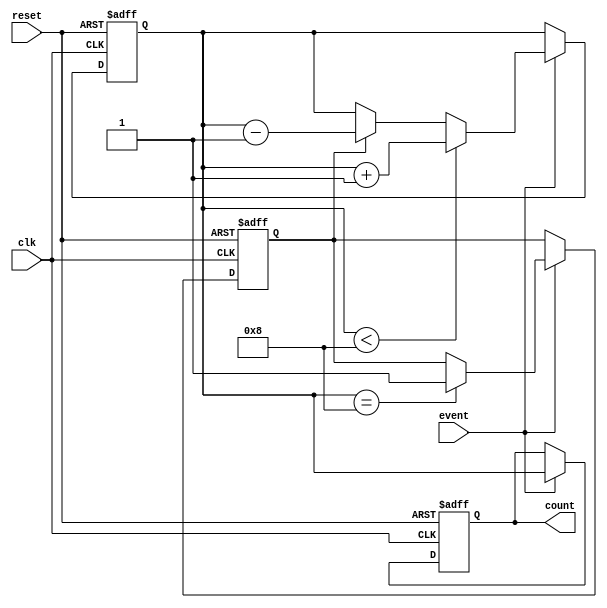
module windowed_counter #(
    parameter WINDOW_SIZE = 8, // Configurable window size
    parameter COUNT_WIDTH = $clog2(WINDOW_SIZE + 1) // Width for count value
)(
    input wire clk,              // Clock signal
    input wire reset,            // Reset signal
    input wire event,            // Event signal
    output reg [COUNT_WIDTH-1:0] count // Current count value
);

// Internal register to track the number of events
reg [COUNT_WIDTH-1:0] event_count;

// State to track if the window is full
reg window_full;

// Process to handle counting based on event signal
always @(posedge clk or posedge reset) begin
    if (reset) begin
        // Reset the counter and window status
        event_count <= 0;
        count <= 0;
        window_full <= 0;
    end else if (event) begin
        // Check if the window is full
        if (window_full) begin
            // If the window is full, decrement the event count
            event_count <= event_count - 1;
        end
        
        // Increment the event count
        if (event_count < WINDOW_SIZE) begin
            event_count <= event_count + 1;
        end

        // Update count output
        count <= event_count;

        // Update window full status
        if (event_count == WINDOW_SIZE) begin
            window_full <= 1; // Set window full flag
        end
    end
end

endmodule